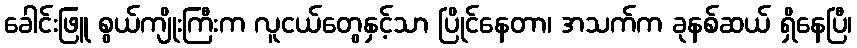
ခေါင်းဖြူ စွယ်ကျိုးကြီးက လူငယ်တွေနှင့်သာ ပြိုင်နေတာ၊ အသက်က ခုနစ်ဆယ် ရှိနေပြီ၊